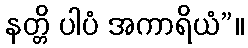
နတ္တိ ပါပံ အကာရိယံ”။